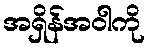
အရှိန်အဝါကို